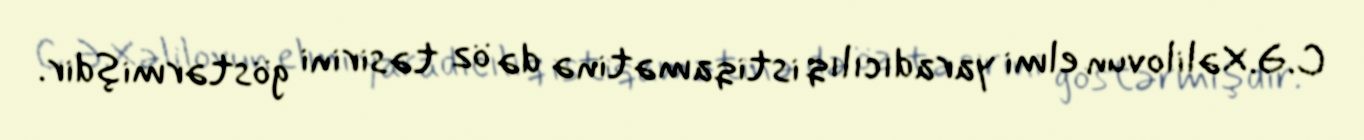
C.Ə.Xəlilovun elmi yaradıcılıq istiqamətinə də öz təsirini göstərmişdir.